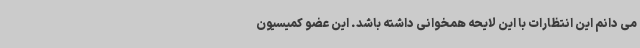
می دانم این انتظارات با این لایحه همخوانی داشته باشد. این عضو کمیسیون